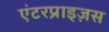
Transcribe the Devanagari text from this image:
एंटरप्राइज़स